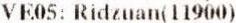
VE05: RIDZUAN(11900)